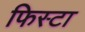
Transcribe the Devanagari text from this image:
फिस्टा